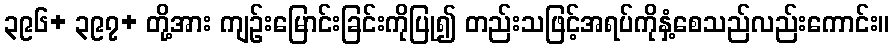
၃၉၆+ ၃၉၇+ တို့အား ကျဉ်းမြောင်းခြင်းကိုပြု၍ တည်းသဖြင့်အရပ်ကိုနှံ့စေသည်လည်းကောင်း။